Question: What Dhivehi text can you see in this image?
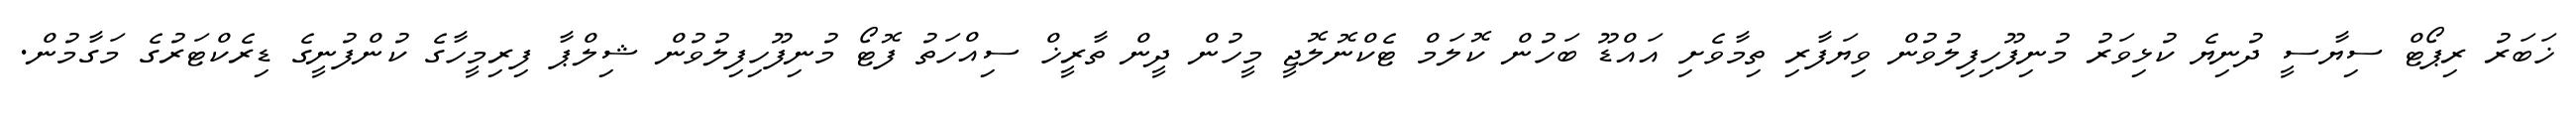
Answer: ޚަބަރު ރިޕޯޓް ސިޔާސީ ދުނިޔެ ކުޅިވަރު މުނިފޫހިފިލުވުން ވިޔަފާރި ތިމާވެށި އައްޑޫ ބަހުން ކޮލަމް ޓެކްނޮލޮޖީ މީހުން ދީން ތާރީޚް ސިއްހަތު ފޮޓޯ މުނިފޫހިފިލުވުން ޝިލްޕާ ފިރިމީހާގެ ކުންފުނީގެ ޑިރެކްޓަރުގެ މަގާމުން.